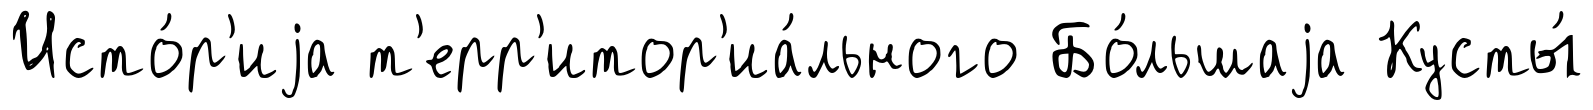
Исто́р'иjа т'ерр'итор'иа́льного Бо́льшаjа Кусты́